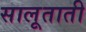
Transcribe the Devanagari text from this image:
सालूताती